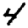
Digit: 4